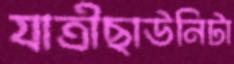
যাত্রীছাউনিটা